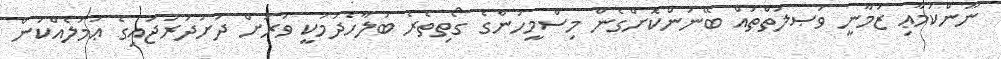
ނޫންކަމާޢި ޒަމާނީ ވަޞލަތްތައް ބޭނުންކޮށްގެން މިސްމީހުންގެ ގޯތިތެރެ ބަލާހެދުމަކީ ވަރަށް ދަށުދަރަޖައިގެ ޢަމަލެއްކަން